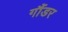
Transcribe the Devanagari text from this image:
गौंडर